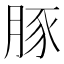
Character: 豚